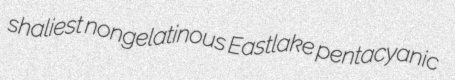
shaliest nongelatinous Eastlake pentacyanic